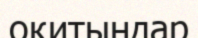
оқитындар